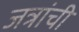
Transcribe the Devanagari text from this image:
जत्रांची